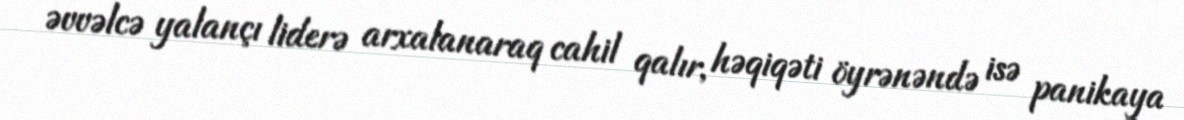
əvvəlcə yalançı liderə arxalanaraq cahil qalır, həqiqəti öyrənəndə isə panikaya